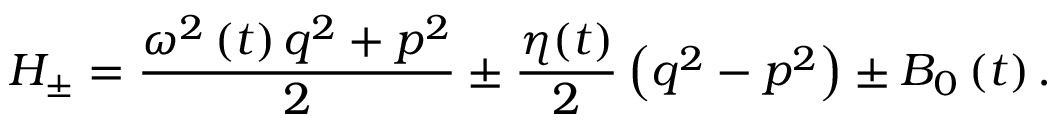
H _ { \pm } = \frac { \omega ^ { 2 } \left( t \right) q ^ { 2 } + p ^ { 2 } } { 2 } \pm \frac { \eta ( t ) } { 2 } \left( q ^ { 2 } - p ^ { 2 } \right) \pm B _ { 0 } \left( t \right) .